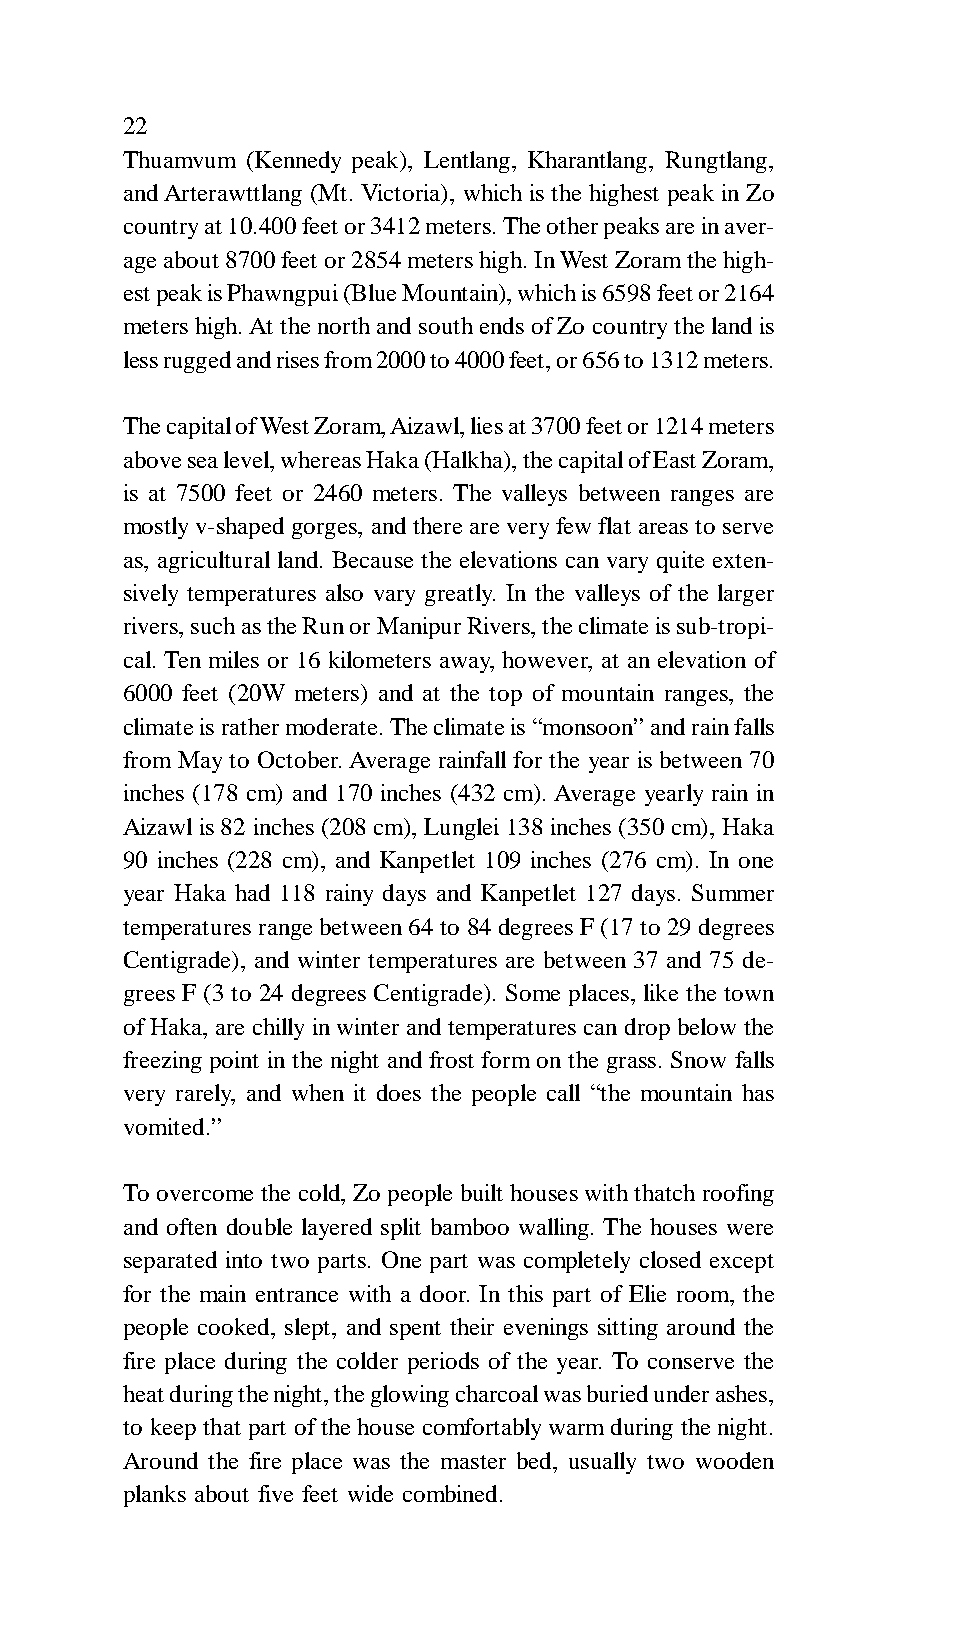
22
 Thuamvum (Kennedy peak), Lentlang, Kharantlang, Rungtlang,
 and Arterawttlang (Mt. Victoria), which is the highest peak in Zo
 country at 10.400 feet or 3412 meters. The other peaks are in aver-
 age about 8700 feet or 2854 meters high. In West Zoram the high-
 est peak is Phawngpui (Blue Mountain), which is 6598 feet or 2164
 meters high. At the north and south ends of Zo country the land is
 less rugged and rises from 2000 to 4000 feet, or 656 to 1312 meters.
 The capital of West Zoram, Aizawl, lies at 3700 feet or 1214 meters
 above sea level, whereas Haka (Halkha), the capital of East Zoram,
 is at 7500 feet or 2460 meters. The valleys between ranges are
 mostly v-shaped gorges, and there are very few flat areas to serve
 as, agricultural land. Because the elevations can vary quite exten-
 sively temperatures also vary greatly. In the valleys of the larger
 rivers, such as the Run or Manipur Rivers, the climate is sub-tropi-
 cal. Ten miles or 16 kilometers away, however, at an elevation of
 6000 feet (20W meters) and at the top of mountain ranges, the
 climate is rather moderate. The climate is “monsoon” and rain falls
 from May to October. Average rainfall for the year is between 70
 inches (178 cm) and 170 inches (432 cm). Average yearly rain in
 Aizawl is 82 inches (208 cm), Lunglei 138 inches (350 cm), Haka
 90 inches (228 cm), and Kanpetlet 109 inches (276 cm). In one
 year Haka had 118 rainy days and Kanpetlet 127 days. Summer
 temperatures range between 64 to 84 degrees F (17 to 29 degrees
 Centigrade), and winter temperatures are between 37 and 75 de-
 grees F (3 to 24 degrees Centigrade). Some places, like the town
 of Haka, are chilly in winter and temperatures can drop below the
 freezing point in the night and frost form on the grass. Snow falls
 very rarely, and when it does the people call “the mountain has
 vomited.”
 To overcome the cold, Zo people built houses with thatch roofing
 and often double layered split bamboo walling. The houses were
 separated into two parts. One part was completely closed except
 for the main entrance with a door. In this part of Elie room, the
 people cooked, slept, and spent their evenings sitting around the
 fire place during the colder periods of the year. To conserve the
 heat during the night, the glowing charcoal was buried under ashes,
 to keep that part of the house comfortably warm during the night.
 Around the fire place was the master bed, usually two wooden
 planks about five feet wide combined.